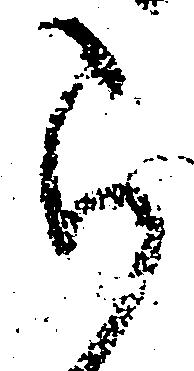
ら